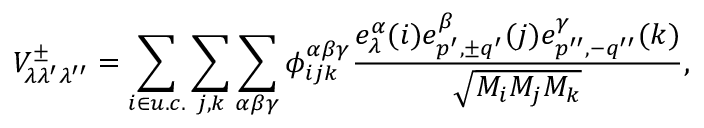
V _ { \lambda \lambda ^ { \prime } \lambda ^ { \prime \prime } } ^ { \pm } = \sum _ { i \in u . c . } \sum _ { j , k } \sum _ { \alpha \beta \gamma } \phi _ { i j k } ^ { \alpha \beta \gamma } \frac { e _ { \lambda } ^ { \alpha } ( i ) e _ { p ^ { \prime } , { \pm } q ^ { \prime } } ^ { \beta } ( j ) e _ { p ^ { \prime \prime } , - q ^ { \prime \prime } } ^ { \gamma } ( k ) } { \sqrt { M _ { i } M _ { j } M _ { k } } } ,